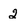
Character: 2